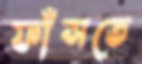
ফাঁসতে